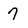
Character: 7